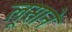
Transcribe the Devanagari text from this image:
लूसाने